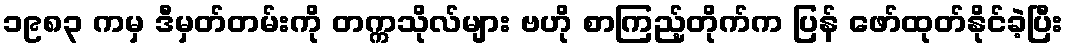
၁၉၈၃ ကမှ ဒီမှတ်တမ်းကို တက္ကသိုလ်များ ဗဟို စာကြည့်တိုက်က ပြန် ဖော်ထုတ်နိုင်ခဲ့ပြီး